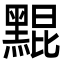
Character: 䵪